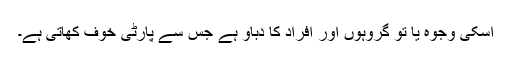
اسکی وجوہ یا تو گروہوں اور افراد کا دباؤ ہے جس سے پارٹی خوف کھاتی ہے۔